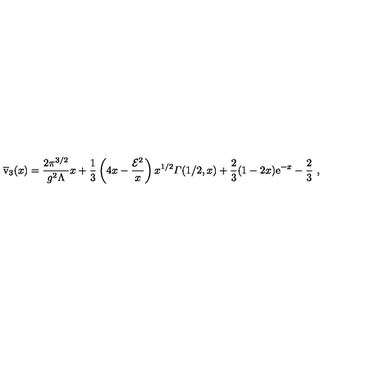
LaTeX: \overline { { \mathrm { \Large v } } } _ { 3 } ( x ) = { \frac { 2 \pi ^ { 3 / 2 } } { g ^ { 2 } \Lambda } } x + { \frac { 1 } { 3 } } \left( 4 x - { \frac { { \cal E } ^ { 2 } } { x } } \right) x ^ { 1 / 2 } { \mit \Gamma } ( 1 / 2 , x ) + { \frac { 2 } { 3 } } ( 1 - 2 x ) { \mathrm e } ^ { - x } - { \frac { 2 } { 3 } } \ ,